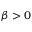
\beta > 0